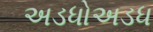
અડધોઅડધ